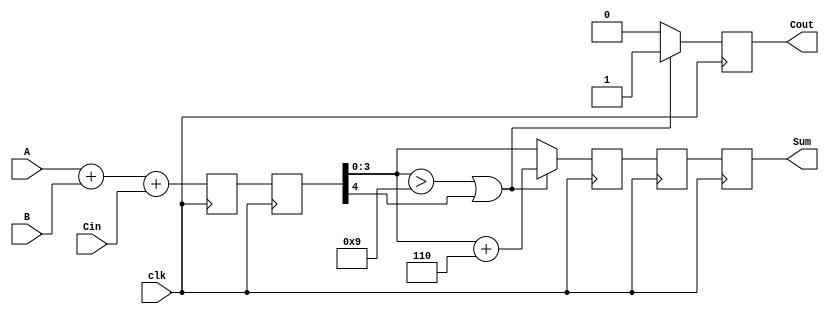
module BCD_Pipelined_Adder (
    input wire clk,           // Clock signal
    input wire [3:0] A,      // First BCD digit
    input wire [3:0] B,      // Second BCD digit
    input wire Cin,          // Carry-in
    output reg [3:0] Sum,    // Corrected BCD sum
    output reg Cout          // Carry-out
);

    // Intermediate signals
    reg [4:0] raw_sum;       // Raw sum from binary adder
    reg [4:0] corrected_sum; // Corrected sum after BCD correction

    // Pipeline registers
    reg [4:0] sum_stage1;    // Register to hold raw sum
    reg [4:0] sum_stage2;    // Register to hold corrected sum

    // Binary Adder
    always @(posedge clk) begin
        raw_sum <= A + B + Cin; // Perform binary addition
        sum_stage1 <= raw_sum;  // Store raw sum in pipeline register
    end

    // BCD Correction Logic
    always @(posedge clk) begin
        // Check if correction is needed
        if (sum_stage1[3:0] > 4'b1001 || sum_stage1[4] == 1'b1) begin
            corrected_sum <= sum_stage1 + 5'b00110; // Add 6 for BCD correction
            Cout <= 1'b1; // Set carry-out
        end else begin
            corrected_sum <= sum_stage1; // No correction needed
            Cout <= 1'b0; // No carry-out
        end
        sum_stage2 <= corrected_sum; // Store corrected sum in pipeline register
    end

    // Output Stage
    always @(posedge clk) begin
        Sum <= sum_stage2[3:0]; // Output the corrected BCD sum
    end

endmodule